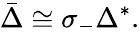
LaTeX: {\bar{\Delta}}\cong\sigma_{-}\Delta^{*}.